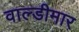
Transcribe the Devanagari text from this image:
वाल्डीमार